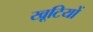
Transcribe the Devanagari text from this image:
खूटियों